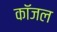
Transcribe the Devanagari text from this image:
कॉजल